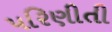
પરિણીતી